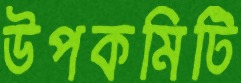
উপকমিটি